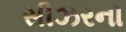
સીઝરનો